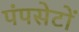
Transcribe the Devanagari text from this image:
पंपसेटों